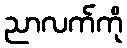
ညာလက်ကို